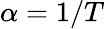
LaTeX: \alpha=1/T